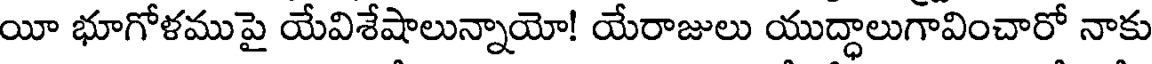
యీ భూగోళముపై యేవిశేషాలున్నాయో! యేరాజులు యుద్ధాలుగావించారో నాకు